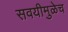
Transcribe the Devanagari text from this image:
सवयीमुळेच